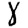
Digit: 8